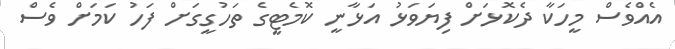
އެއްވެސް މީހަކާ ދެކޮޅަށް ފިޔަވަޅު އަޅާނީ ކޮމެޓީގެ ތަހުގީގަށް ފަހު ކަމަށް ވެސް